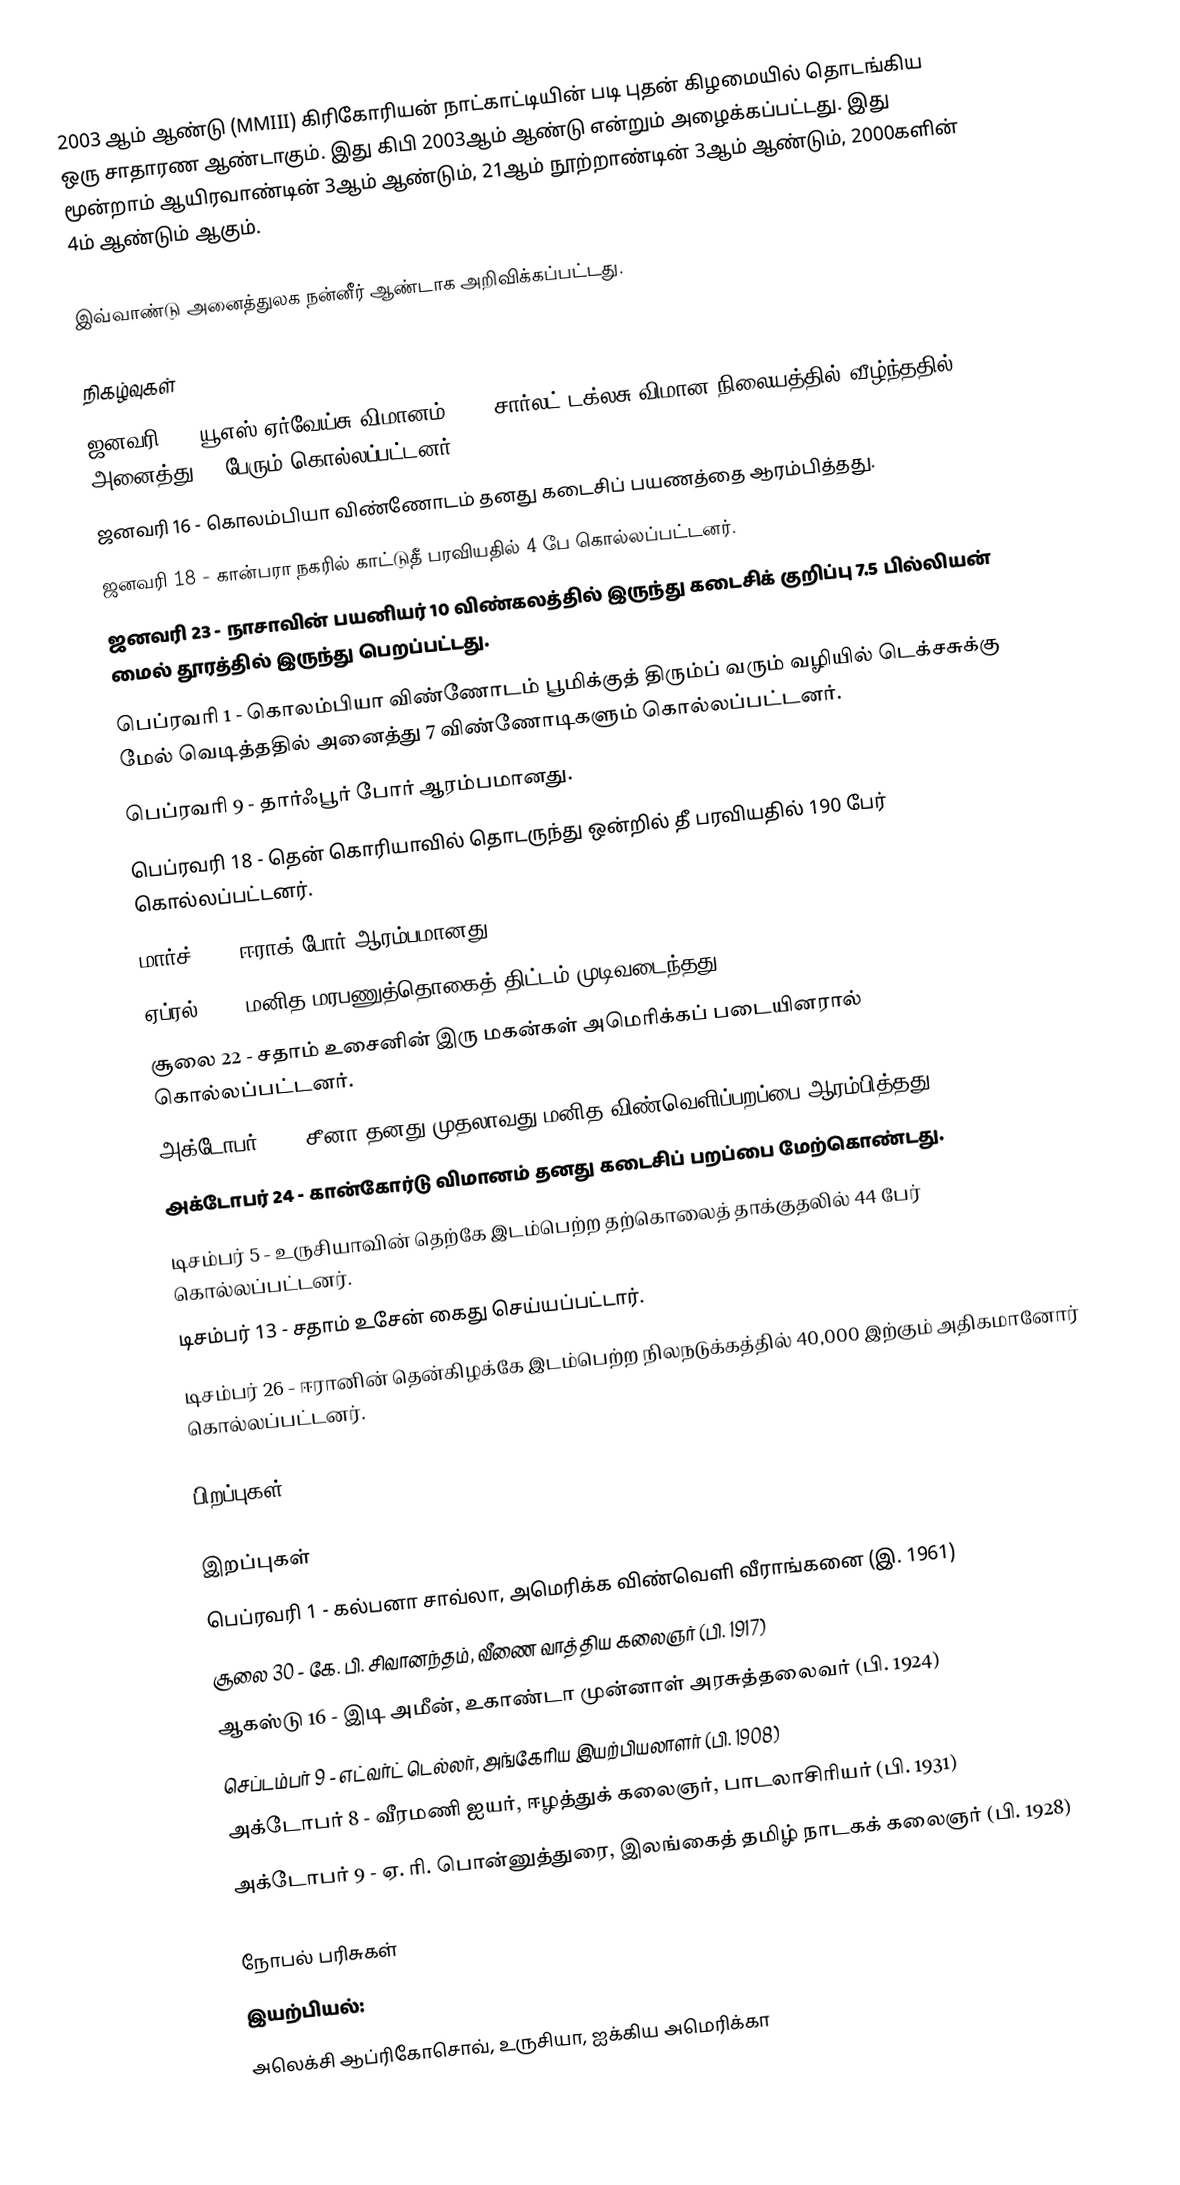
2003 ஆம் ஆண்டு (MMIII) கிரிகோரியன் நாட்காட்டியின் படி புதன் கிழமையில் தொடங்கிய ஒரு சாதாரண ஆண்டாகும். இது கிபி 2003ஆம் ஆண்டு என்றும் அழைக்கப்பட்டது. இது மூன்றாம் ஆயிரவாண்டின் 3ஆம் ஆண்டும், 21ஆம் நூற்றாண்டின் 3ஆம் ஆண்டும், 2000களின் 4ம் ஆண்டும் ஆகும்.

இவ்வாண்டு அனைத்துலக நன்னீர் ஆண்டாக அறிவிக்கப்பட்டது.

நிகழ்வுகள்
 ஜனவரி 8 - யூஎஸ் ஏர்வேய்சு விமானம் 5481 சார்லட் டக்லசு விமான நிலையத்தில் வீழ்ந்ததில் அனைத்து 21 பேரும் கொல்லப்பட்டனர்.
 ஜனவரி 16 - கொலம்பியா விண்ணோடம் தனது கடைசிப் பயணத்தை ஆரம்பித்தது.
 ஜனவரி 18 - கான்பரா நகரில் காட்டுதீ பரவியதில் 4 பே கொல்லப்பட்டனர்.
 ஜனவரி 23 - நாசாவின் பயனியர் 10 விண்கலத்தில் இருந்து கடைசிக் குறிப்பு 7.5 பில்லியன் மைல் தூரத்தில் இருந்து பெறப்பட்டது.
 பெப்ரவரி 1 - கொலம்பியா விண்ணோடம் பூமிக்குத் திரும்ப் வரும் வழியில் டெக்சசுக்கு மேல் வெடித்ததில் அனைத்து 7 விண்ணோடிகளும் கொல்லப்பட்டனர்.
 பெப்ரவரி 9 - தார்ஃபூர் போர் ஆரம்பமானது.
 பெப்ரவரி 18 - தென் கொரியாவில் தொடருந்து ஒன்றில் தீ பரவியதில் 190 பேர் கொல்லப்பட்டனர்.
 மார்ச் 19 - ஈராக் போர் ஆரம்பமானது.
 ஏப்ரல் 14 - மனித மரபணுத்தொகைத் திட்டம் முடிவடைந்தது.
 சூலை 22 - சதாம் உசைனின் இரு மகன்கள் அமெரிக்கப் படையினரால் கொல்லப்பட்டனர்.
 அக்டோபர் 15 - சீனா தனது முதலாவது மனித விண்வெளிப்பறப்பை ஆரம்பித்தது.
 அக்டோபர் 24 - கான்கோர்டு விமானம் தனது கடைசிப் பறப்பை மேற்கொண்டது.
 டிசம்பர் 5 - உருசியாவின் தெற்கே இடம்பெற்ற தற்கொலைத் தாக்குதலில் 44 பேர் கொல்லப்பட்டனர்.
 டிசம்பர் 13 - சதாம் உசேன் கைது செய்யப்பட்டார்.
 டிசம்பர் 26 - ஈரானின் தென்கிழக்கே இடம்பெற்ற நிலநடுக்கத்தில் 40,000 இற்கும் அதிகமானோர் கொல்லப்பட்டனர்.

பிறப்புகள்

இறப்புகள்
 பெப்ரவரி 1 - கல்பனா சாவ்லா, அமெரிக்க விண்வெளி வீராங்கனை (இ. 1961)
 சூலை 30 - கே. பி. சிவானந்தம், வீணை வாத்திய கலைஞர் (பி. 1917)
 ஆகஸ்டு 16 - இடி அமீன், உகாண்டா முன்னாள் அரசுத்தலைவர் (பி. 1924)
 செப்டம்பர் 9 - எட்வர்ட் டெல்லர், அங்கேரிய இயற்பியலாளர் (பி. 1908)
 அக்டோபர் 8 - வீரமணி ஐயர், ஈழத்துக் கலைஞர், பாடலாசிரியர் (பி. 1931)
 அக்டோபர் 9 - ஏ. ரி. பொன்னுத்துரை, இலங்கைத் தமிழ் நாடகக் கலைஞர் (பி. 1928)

நோபல் பரிசுகள்
 இயற்பியல்:
 அலெக்சி ஆப்ரிகோசொவ், உருசியா, ஐக்கிய அமெரிக்கா